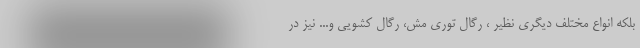
بلکه انواع مختلف دیگری نظیر ، رگال توری مش، رگال کشویی و... نیز در